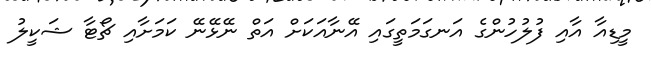
މީޑިއާ އާއި ފުލުހުންގެ އަނގަމަތީގައި އޭނާއަކަށް އަތް ނޭޅޭނޭ ކަމަށާއި ޗޯޓާ ޝަކީލު